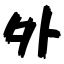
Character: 外